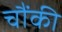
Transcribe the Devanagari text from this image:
चौंकी